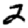
Digit: 2